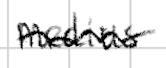
Text: medius
Cross-out: wave
Writing tool: digital_black